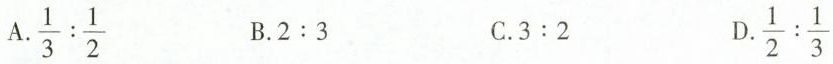
A. $$\frac{1}{3}: \frac{1}{2}$$ B. 2:3 C. 3:2 D. $$\frac{1}{2}: \frac{1}{3}$$